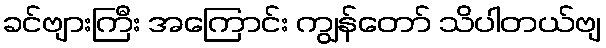
ခင်ဗျားကြီး အကြောင်း ကျွန်တော် သိပါတယ်ဗျ